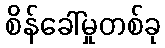
စိန်ခေါ်မှုတစ်ခု